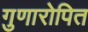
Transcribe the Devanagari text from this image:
गुणारोपित